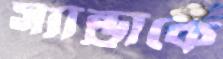
স্যান্ড্রাকে